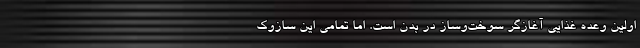
اولین وعده غذایی آغازگر سوخت‌وساز در بدن است. اما تمامی این سازوک